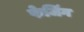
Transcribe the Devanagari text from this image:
फेजिंग